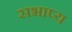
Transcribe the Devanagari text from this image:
सभाष्य